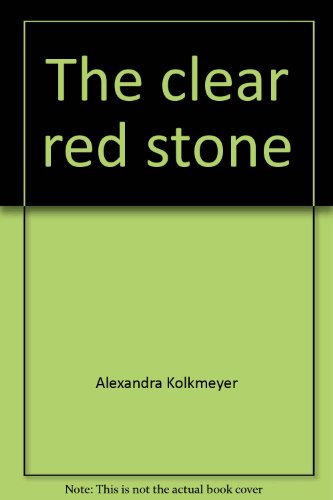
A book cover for The clear red stone: A myth and the meaning of menstruation; Alexandra Kolkmeyer; Health, Fitness & Dieting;